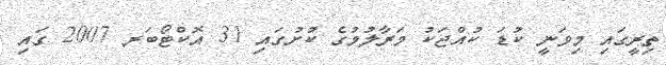
ތިރީގައި މިވަނީ ކުޑަ ކުއްޖަކު މަރާލުމުގެ ކުށުގައި 31 އޮކްޓޯބަރ 2007 ގައި